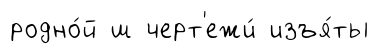
родно́й ш черт'ежи́ изъя́ты